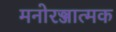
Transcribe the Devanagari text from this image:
मनोरञ्जात्मक